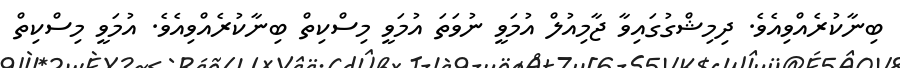
ބިނާކުރެއްވިއެވެ. ދިމިޝްގުގައިވާ ޖާމިއުލް އުމަވީ ނުވަތަ އުމަވީ މިސްކިތް ބިނާކުރެއްވިއެވެ. އުމަވީ މިސްކިތް